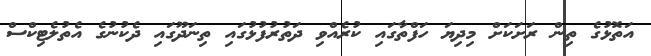
އަތޮޅުގެ ތިން ރަށަކަށް މިދިޔަ ހަފްތާގައި ކުރެއްވި ދަތުރުފުޅުގައި ތިނަދޫގައި ދެކުނުގެ އެތުލެޓިކްސް